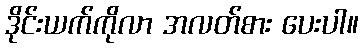
ဒိုင်းယက်ကိုလာ အလတ်စား ပေးပါ။